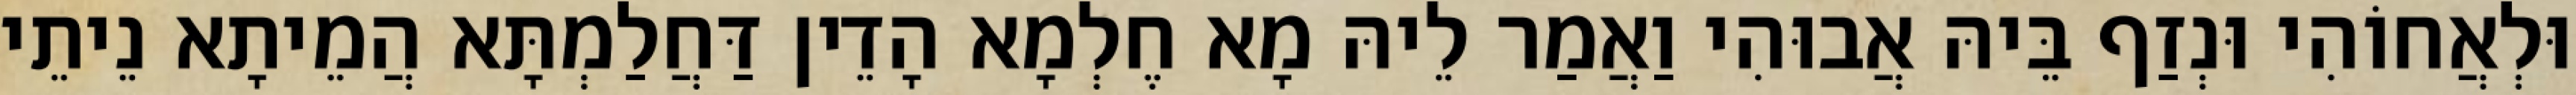
וּלְאֲחוֹהִי וּנְזַף בֵּיהּ אֲבוּהִי וַאֲמַר לֵיהּ מָא חֶלְמָא הָדֵין דַּחֲלַמְתָּא הֲמֵיתָא נֵיתֵי